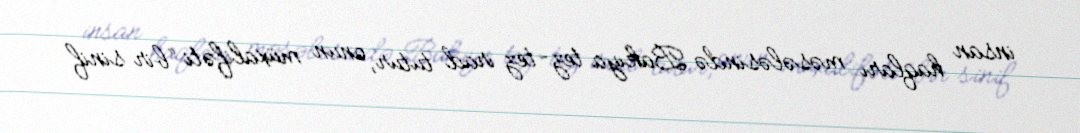
insan haqları məsələsində Bakıya tez-tez irad tutur, onun müxalifəti “bir sinif